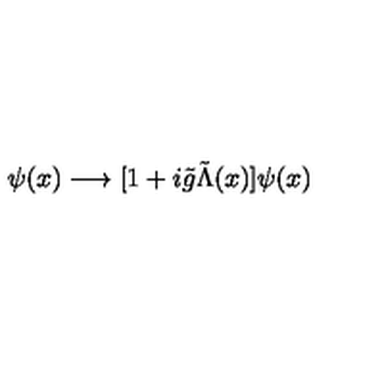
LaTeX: \psi ( x ) \longrightarrow [ 1 + i \tilde { g } \tilde { \Lambda } ( x ) ] \psi ( x )